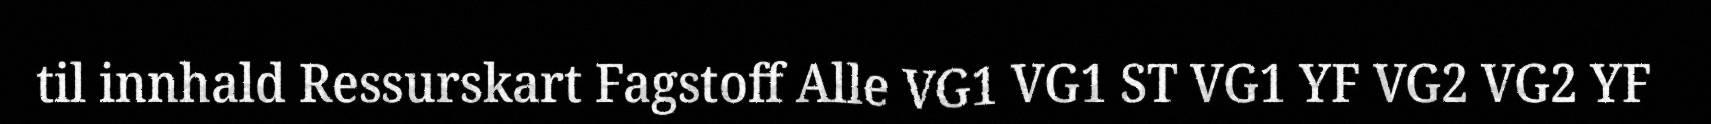
til innhald Ressurskart Fagstoff Alle VG1 VG1 ST VG1 YF VG2 VG2 YF